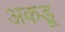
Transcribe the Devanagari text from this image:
अकडू